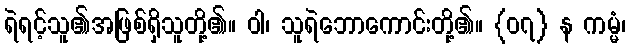
ရဲရင့်သူ၏အဖြစ်ရှိသူတို့၏။ ဝါ၊ သူရဲဘောကောင်းတို့၏။ {၀၇} န ကမ္မံ၊